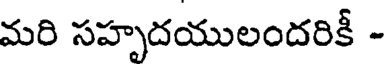
మరి సహృదయులందరికీ -